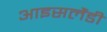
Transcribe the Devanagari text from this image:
आइसलैंडी